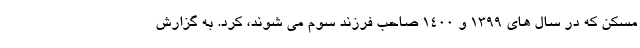
مسکن که در سال های ۱۳۹۹ و ۱۴۰۰ صاحب فرزند سوم می شوند، کرد. به گزارش